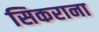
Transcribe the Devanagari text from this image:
सिकराना